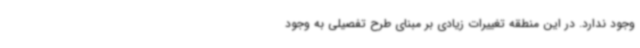
وجود ندارد. در این منطقه تغییرات زیادی بر مبنای طرح تفصیلی به وجود